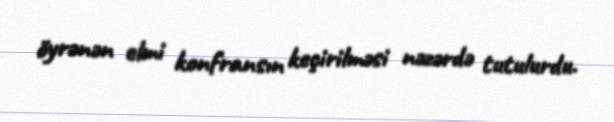
öyrənən elmi konfransın keçirilməsi nəzərdə tutulurdu.